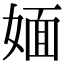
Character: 媔